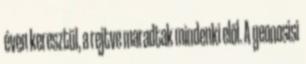
éven keresztül, a rejtve maradtak mindenki elől. A geonosisi